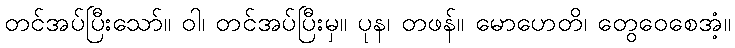
တင်အပ်ပြီးသော်။ ဝါ၊ တင်အပ်ပြီးမှ။ ပုန၊ တဖန်။ မောဟေတိ၊ တွေဝေစေအံ့။